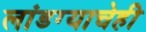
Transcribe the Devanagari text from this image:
लांडग्याचेही